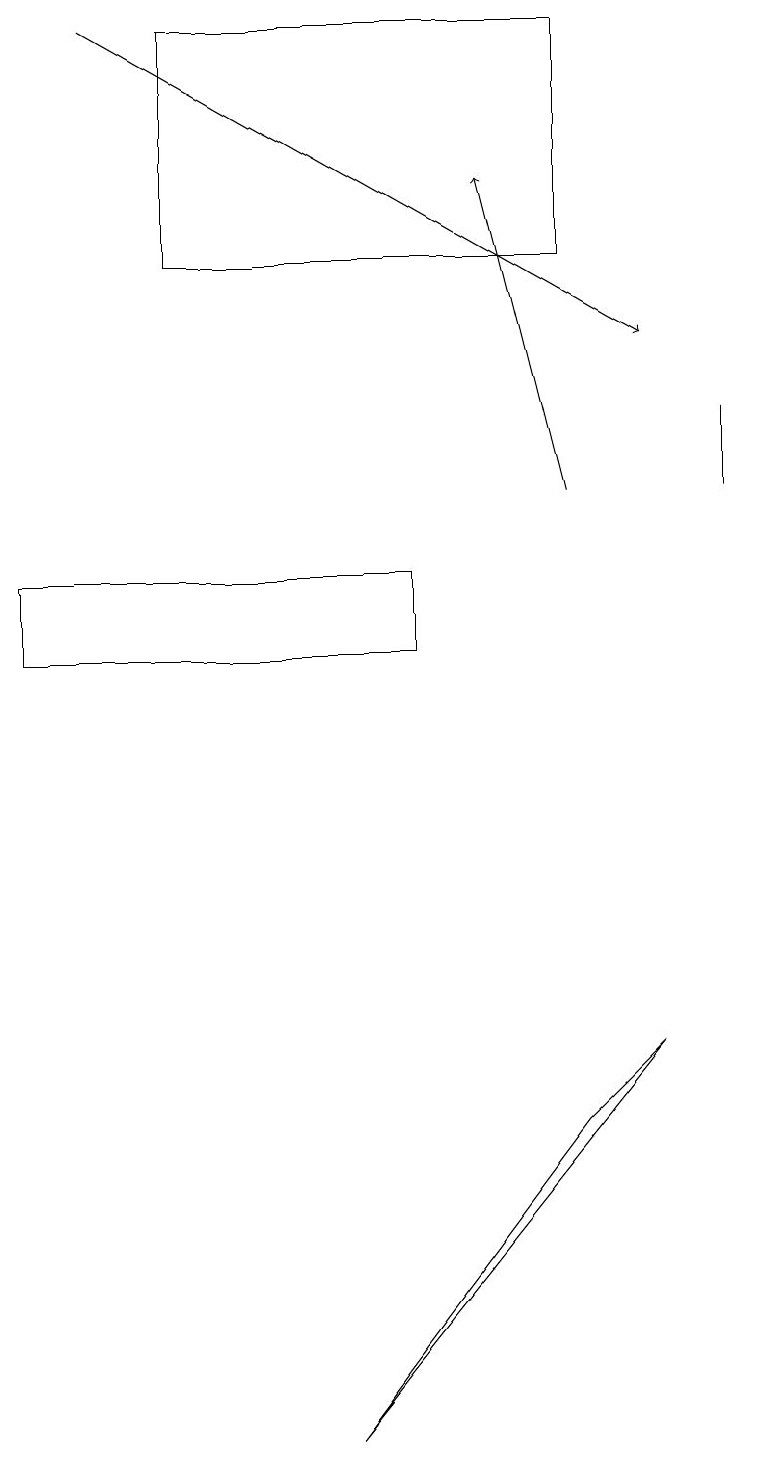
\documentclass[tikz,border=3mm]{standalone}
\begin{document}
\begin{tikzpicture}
\draw (5,12) rectangle (0,11);
\draw (9,14) rectangle (9,13);
\draw[->] (1,19) -- (8,15);
\draw (7,5) -- (8,6) -- (4,1) -- cycle;
\draw (2,16) rectangle (7,19);
\draw[->] (7,13) -- (6,17);
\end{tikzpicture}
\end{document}